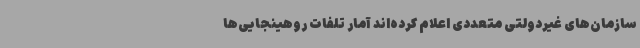
سازمان‌های غیردولتی متعددی اعلام کرده‌اند آمار تلفات روهینجایی‌ها